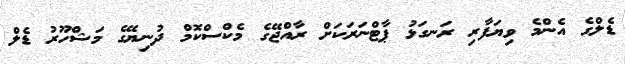
ޑެލްގެ އެންމެ ވިޔަފާރި ރަނގަޅު ޕާޓްނަރަކަށް ރާއްޖޭގެ މެކްސްކޮމް ދުނިޔޭގެ މަޝްހޫރު ޑެލް